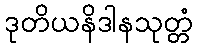
ဒုတိယနိဒါနသုတ္တံ